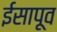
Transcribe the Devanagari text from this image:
ईसापूव